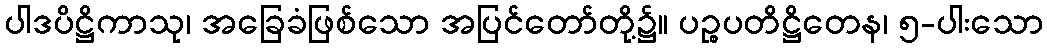
ပါဒပိဋ္ဌိကာသု၊ အခြေခံဖြစ်သော အပြင်တော်တို့၌။ ပဉ္စပတိဋ္ဌိတေန၊ ၅-ပါးသော